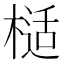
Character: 𭫙